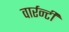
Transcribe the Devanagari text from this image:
वार्रन्टी